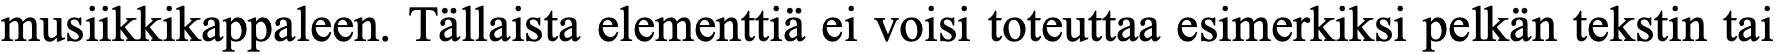
musiikkikappaleen. Tällaista elementtiä ei voisi toteuttaa esimerkiksi pelkän tekstin tai